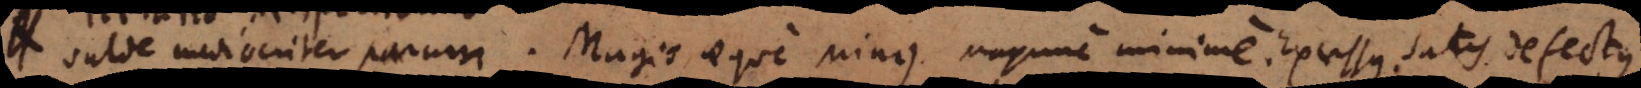
e mediocriter parum. Magis aeque minus. Maxime minime. Excessus. Satis. Defectus.